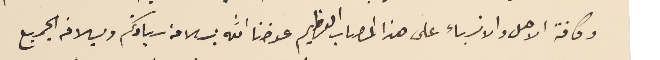
وكافة الاهل والانسباء على هذا المصاب العظيم عوضنا الله بسلامة سيادتكم وبلاغه الجميع